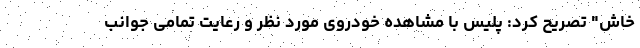
خاش" تصریح کرد: پلیس با مشاهده خودروی مورد نظر و رعایت تمامی جوانب